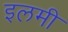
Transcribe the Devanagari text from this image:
इलमी